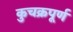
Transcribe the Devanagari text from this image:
कुचक्रपूर्ण